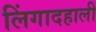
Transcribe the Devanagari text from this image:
लिंगादहाली